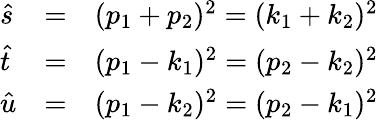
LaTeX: \begin{array}{lll}{{\hat{s}}}&{{=}}&{{(p_{1}+p_{2})^{2}=(k_{1}+k_{2})^{2}}}\\ {{\hat{t}}}&{{=}}&{{(p_{1}-k_{1})^{2}=(p_{2}-k_{2})^{2}}}\\ {{\hat{u}}}&{{=}}&{{(p_{1}-k_{2})^{2}=(p_{2}-k_{1})^{2}}}\end{array}